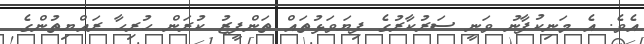
އެވެ. އެ މަނިކުފާނު ވަނީ ސަރުކާރުގެ ފިޔަވަޅުތައް ތަންފީޒު ކުރަން ހުރިހާ ރައްޔިތުންގެ